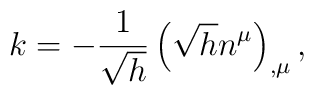
k=-\frac 1{\sqrt{h}}\left( \sqrt{h}n^\mu \right) _{,\mu },